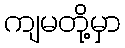
ကျမတို့မှာ